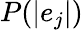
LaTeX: P(|e_{j}|)